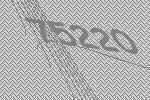
75220